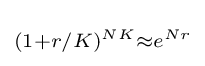
\scriptstyle (1+r/K)^{NK}\approx e^{Nr}